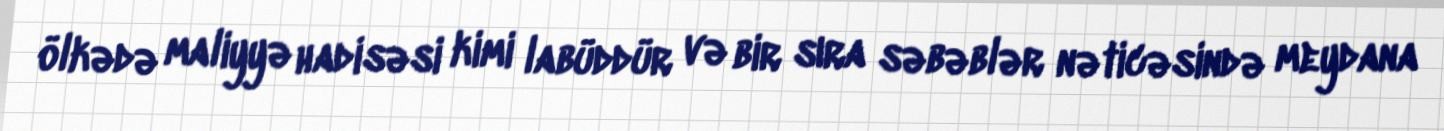
ölkədə maliyyə hadisəsi kimi labüddür və bir sıra səbəblər nəticəsində meydana